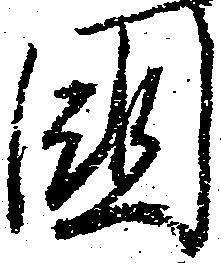
国